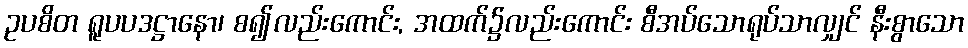
ဥပစိတ ရူပပဒဋ္ဌာနော၊ စ၍လည်းကောင်း, အထက်၌လည်းကောင်း စီအပ်သောရုပ်သာလျှင် နီးစွာသော